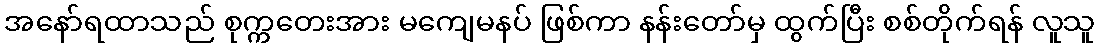
အနော်ရထာသည် စုက္ကတေးအား မကျေမနပ် ဖြစ်ကာ နန်းတော်မှ ထွက်ပြီး စစ်တိုက်ရန် လူသူ